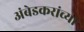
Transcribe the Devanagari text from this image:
अंबेडकरांच्या